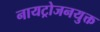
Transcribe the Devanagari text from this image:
नायट्रोजनयुक्त